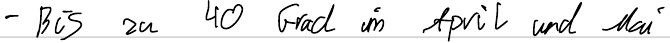
- Bis zu 40 Grad im April und Mai